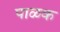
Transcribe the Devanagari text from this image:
पाळक